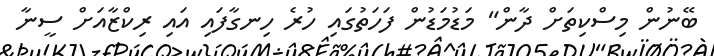
ބޭނުން މިސްކިތަށް ދާން" މަޑުމަޑުން ފަހަތުގައި ހުރެ ހިނގާފައި އައި ރިކްޒާއަށް ސީނާ